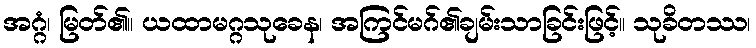
အဂ္ဂံ၊ မြတ်၏။ ယထာမဂ္ဂသုခေန၊ အကြင်မဂ်၏ချမ်းသာခြင်းဖြင့်။ သုခိတဿ၊